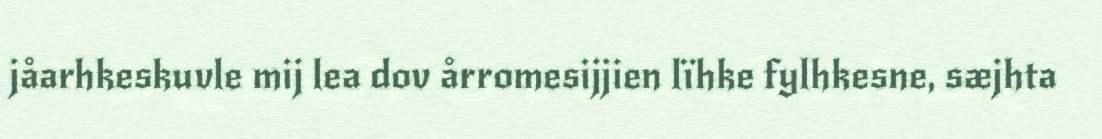
jåarhkeskuvle mij lea dov årromesijjien lïhke fylhkesne, sæjhta